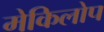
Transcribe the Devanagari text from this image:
मेकिलोप